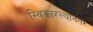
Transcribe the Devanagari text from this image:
स्विकारल्यानंतर